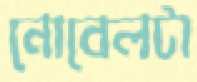
নোবেলটা